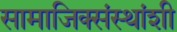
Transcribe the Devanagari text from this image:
सामाजिक्संस्थांशी